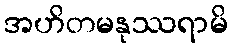
အဟိတမနုဿရာမိ